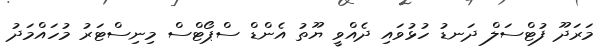
މަރަދޫ ފުޓްސަލް ދަނޑު ހުޅުވައި ދެއްވީ ޔޫތު އެންޑް ސްޕޯޓްސް މިނިސްޓަރު މުހައްމަދު